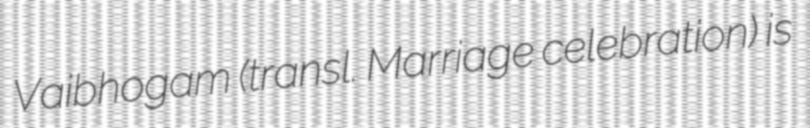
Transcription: Vaibhogam (transl. Marriage celebration) is